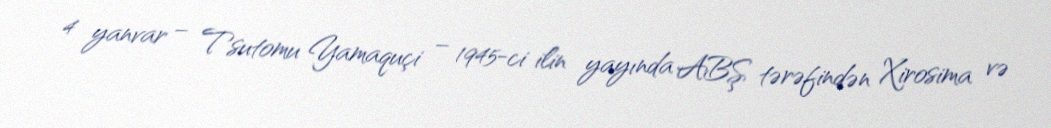
4 yanvar – Tsutomu Yamaquçi – 1945-ci ilin yayında ABŞ tərəfindən Xirosima və